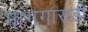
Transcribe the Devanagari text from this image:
मांगगारुडी